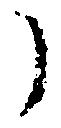
了